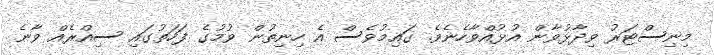
މިނިސްޓަރު ވިދާޅުވާން އުޅުއްވާހެނެވެ. ގައިމުވެސް އެ ހިނިތުން ވުމުގެ ފަހަތުގައި ސިއްރެއް ވާނެ